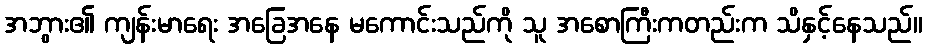
အဘွား၏ ကျန်းမာရေး အခြေအနေ မကောင်းသည်ကို သူ အစောကြီးကတည်းက သိနှင့်နေသည်။